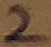
Text: 2